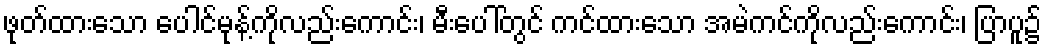
ဖုတ်ထားသော ပေါင်မုန့်ကိုလည်းကောင်း၊ မီးပေါ်တွင် ကင်ထားသော အမဲကင်ကိုလည်းကောင်း၊ ပြာပူ၌